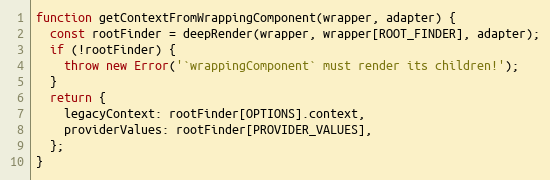
Language: JavaScript
function getContextFromWrappingComponent(wrapper, adapter) {
  const rootFinder = deepRender(wrapper, wrapper[ROOT_FINDER], adapter);
  if (!rootFinder) {
    throw new Error('`wrappingComponent` must render its children!');
  }
  return {
    legacyContext: rootFinder[OPTIONS].context,
    providerValues: rootFinder[PROVIDER_VALUES],
  };
}